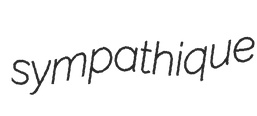
sympathique